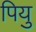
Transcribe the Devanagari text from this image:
पियु